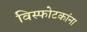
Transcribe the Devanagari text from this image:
विस्फोटकांना